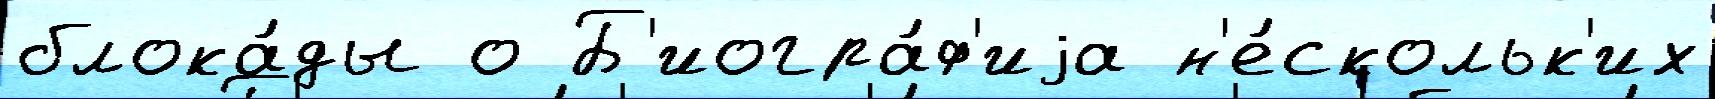
блока́ды о Б'иогра́ф'иjа н'е́скольк'их